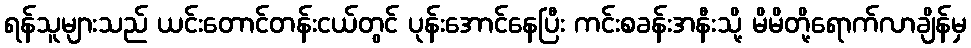
ရန်သူများသည် ယင်းတောင်တန်းငယ်တွင် ပုန်းအောင်နေပြီး ကင်းစခန်းအနီးသို့ မိမိတို့ရောက်လာချိန်မှ